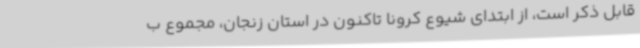
قابل ذکر است، از ابتدای شیوع کرونا تاکنون در استان زنجان، مجموع ب